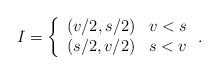
LaTeX: \begin{align*}I=\left\{ \begin{array}{ll}(v/2,s/2) & v<s \\ (s/2,v/2) & s<v\end{array}\right. . \end{align*}